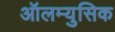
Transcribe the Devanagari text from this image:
ऑलम्युसिक